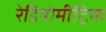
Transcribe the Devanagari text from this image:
रेडियोमीट्रिक